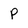
Character: P